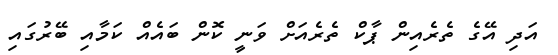
އަދި އޭގެ ތެރެއިން ޕާކް ތެރެއަށް ވަނީ ކޮން ބައެއް ކަމާއި ބޭރުގައި